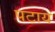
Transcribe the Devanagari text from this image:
पटाय